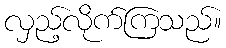
လှည့်လိုက်ကြသည်။